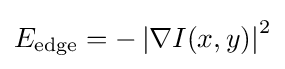
E_{\text{edge}}=-\left|\nabla I(x,y)\right\vert ^{2}